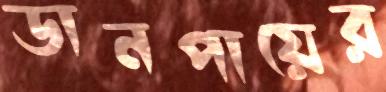
ডানপায়ের